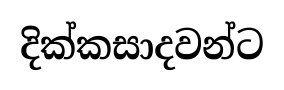
දික්කසාදවන්ට